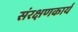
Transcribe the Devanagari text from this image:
संरक्षणकार्य